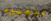
للجنود